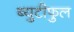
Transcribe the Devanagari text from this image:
ब्युटीफुल